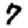
Digit: 7